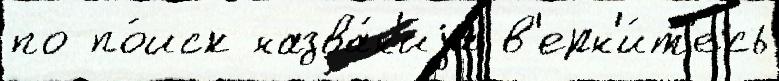
по по́иск назва́н'иjа в'ерн'и́т'есь